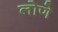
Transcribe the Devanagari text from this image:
लोणे